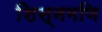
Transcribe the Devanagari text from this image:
शिस्नमणि